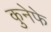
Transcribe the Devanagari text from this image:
कुनेफे